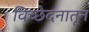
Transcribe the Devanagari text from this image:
विच्छेदनातून